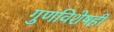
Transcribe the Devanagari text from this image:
गुणविशेषही